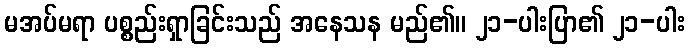
မအပ်မရာ ပစ္စည်းရှာခြင်းသည် အနေသန မည်၏။ ၂၁-ပါးပြာ၏ ၂၁-ပါး